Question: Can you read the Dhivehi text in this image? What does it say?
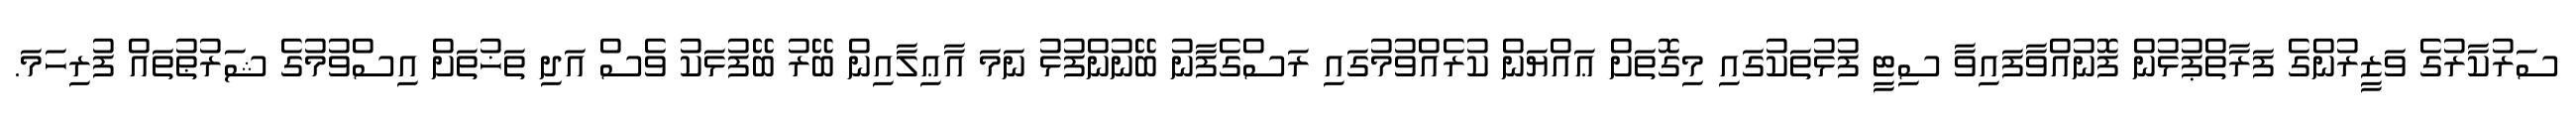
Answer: ސަރުކާރުގެ ވަޒީރުންގެ ފަރާތްޕުޅުން ފޮނުއްވާފައިވާ ސިޓީ ފުޅުތަކުގައި މިގޮތަށް ޢައްޔަން ކުރެއްވުމުގައި ރަސްގެފާނު ބޭނުންފުޅު ނަމަ އާޢިލާއިން ބޭރު ބޭފުޅަކު ވެސް އަދި ތަޚުތަށް އިސްވުމުގެ ޝަރުޠުތައް ފުރިހަމަ.